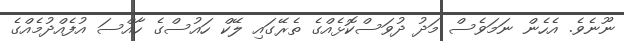
ނޫނެވެ. އެހެން ނަމަވެސް މަދު ދުވަސްކޮޅެއްގެ ތެރޭގައި ލޭކް ހައުސްގެ ހާއްސަ އުފެއްދުމެއްގެ